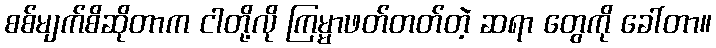
စစ်မျက်စိဆိုတာက ငါတို့လို ကြမ္မာဖတ်တတ်တဲ့ ဆရာ တွေကို ခေါ်တာ။